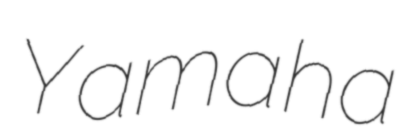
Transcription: Yamaha